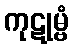
ကုဋုမ္ဗံ